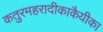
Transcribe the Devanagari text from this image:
कतुरमहरादीकाकैयीका